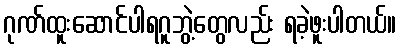
ဂုဏ်ထူးဆောင်ပါရဂူဘွဲ့တွေလည်း ရခဲ့ဖူးပါတယ်။